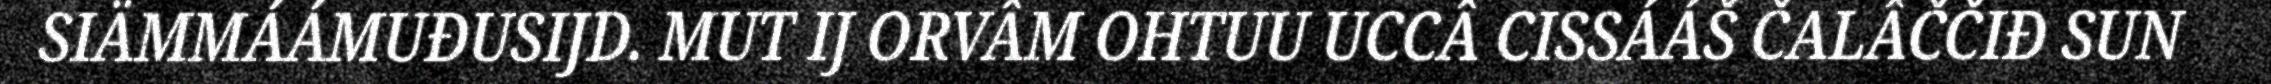
SIÄMMÁÁMUĐUSIJD. MUT IJ ORVÂM OHTUU UCCÂ CISSÁÁŠ ČALÂČČIĐ SUN